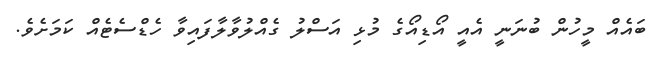
ބައެއް މީހުން ބުނަނީ އެއީ އޯޑިއޯގެ މުޅި އަސްލު ގެއްލުވާލާފައިވާ ހެޑްސެޓެއް ކަމަށެވެ.